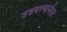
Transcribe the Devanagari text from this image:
उडवल्यानंतर